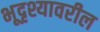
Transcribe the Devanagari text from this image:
भूदृश्यावरील